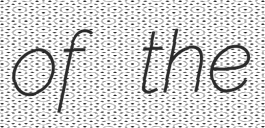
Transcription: of the